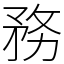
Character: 務